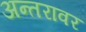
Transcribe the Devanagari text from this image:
अन्तरावर